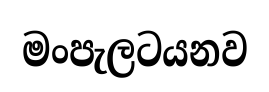
මංපැලටයනව